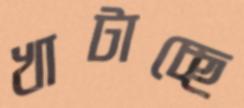
খাটাচ্ছে